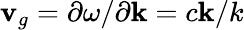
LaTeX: {\mathbf v}_{g}=\partial\omega/\partial{\mathbf k}=c{\mathbf k}/k